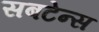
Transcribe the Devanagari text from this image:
सबटेन्स